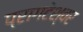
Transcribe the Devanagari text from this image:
प्रागटेश्वर